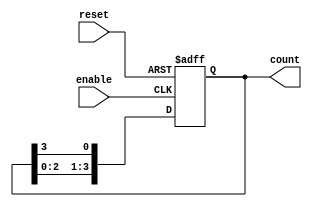
module async_ring_counter (
    input wire reset,          // Asynchronous reset signal
    input wire enable,         // Enable signal to control counting
    output reg [N-1:0] count   // Output count (N flip-flops)
);

parameter N = 4;              // Number of flip-flops in the ring counter

always @(posedge enable or posedge reset) begin
    if (reset) begin
        count <= 1'b1;        // Initialize the first flip-flop to high
    end else begin
        // Shift the '1' to the next flip-flop
        count <= {count[N-2:0], count[N-1]};
    end
end

endmodule